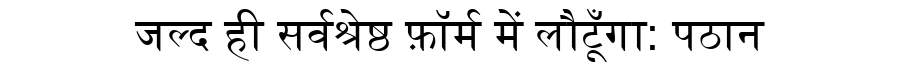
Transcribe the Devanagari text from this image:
जल्द ही सर्वश्रेष्ठ फ़ॉर्म में लौटूँगा: पठान